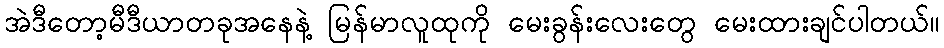
အဲဒီတော့မီဒီယာတခုအနေနဲ့ မြန်မာလူထုကို မေးခွန်းလေးတွေ မေးထားချင်ပါတယ်။